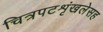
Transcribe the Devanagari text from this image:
चित्रपटशृंखलेसह